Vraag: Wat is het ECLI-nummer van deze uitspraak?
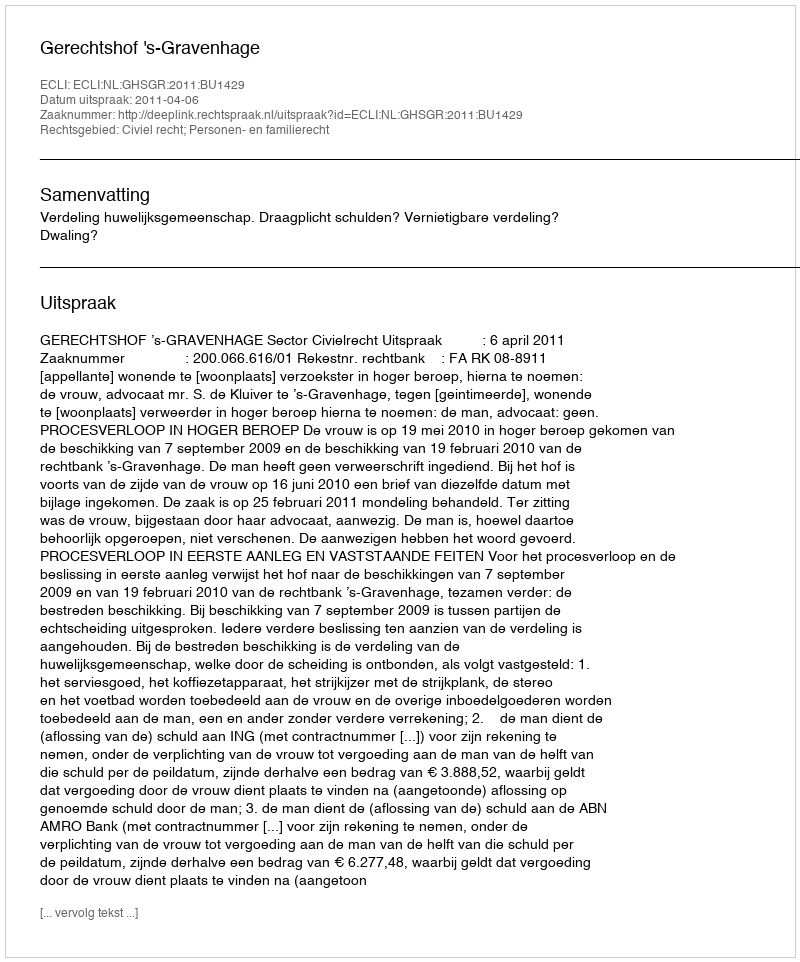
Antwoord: ECLI:NL:GHSGR:2011:BU1429